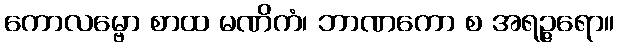
ကောလမ္ဗော စာထ မဏိကံ၊ ဘာဏကော စ အရဉ္ဇရော။